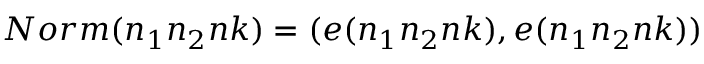
N o r m ( n _ { 1 } n _ { 2 } n k ) = ( e ( n _ { 1 } n _ { 2 } n k ) , e ( n _ { 1 } n _ { 2 } n k ) )